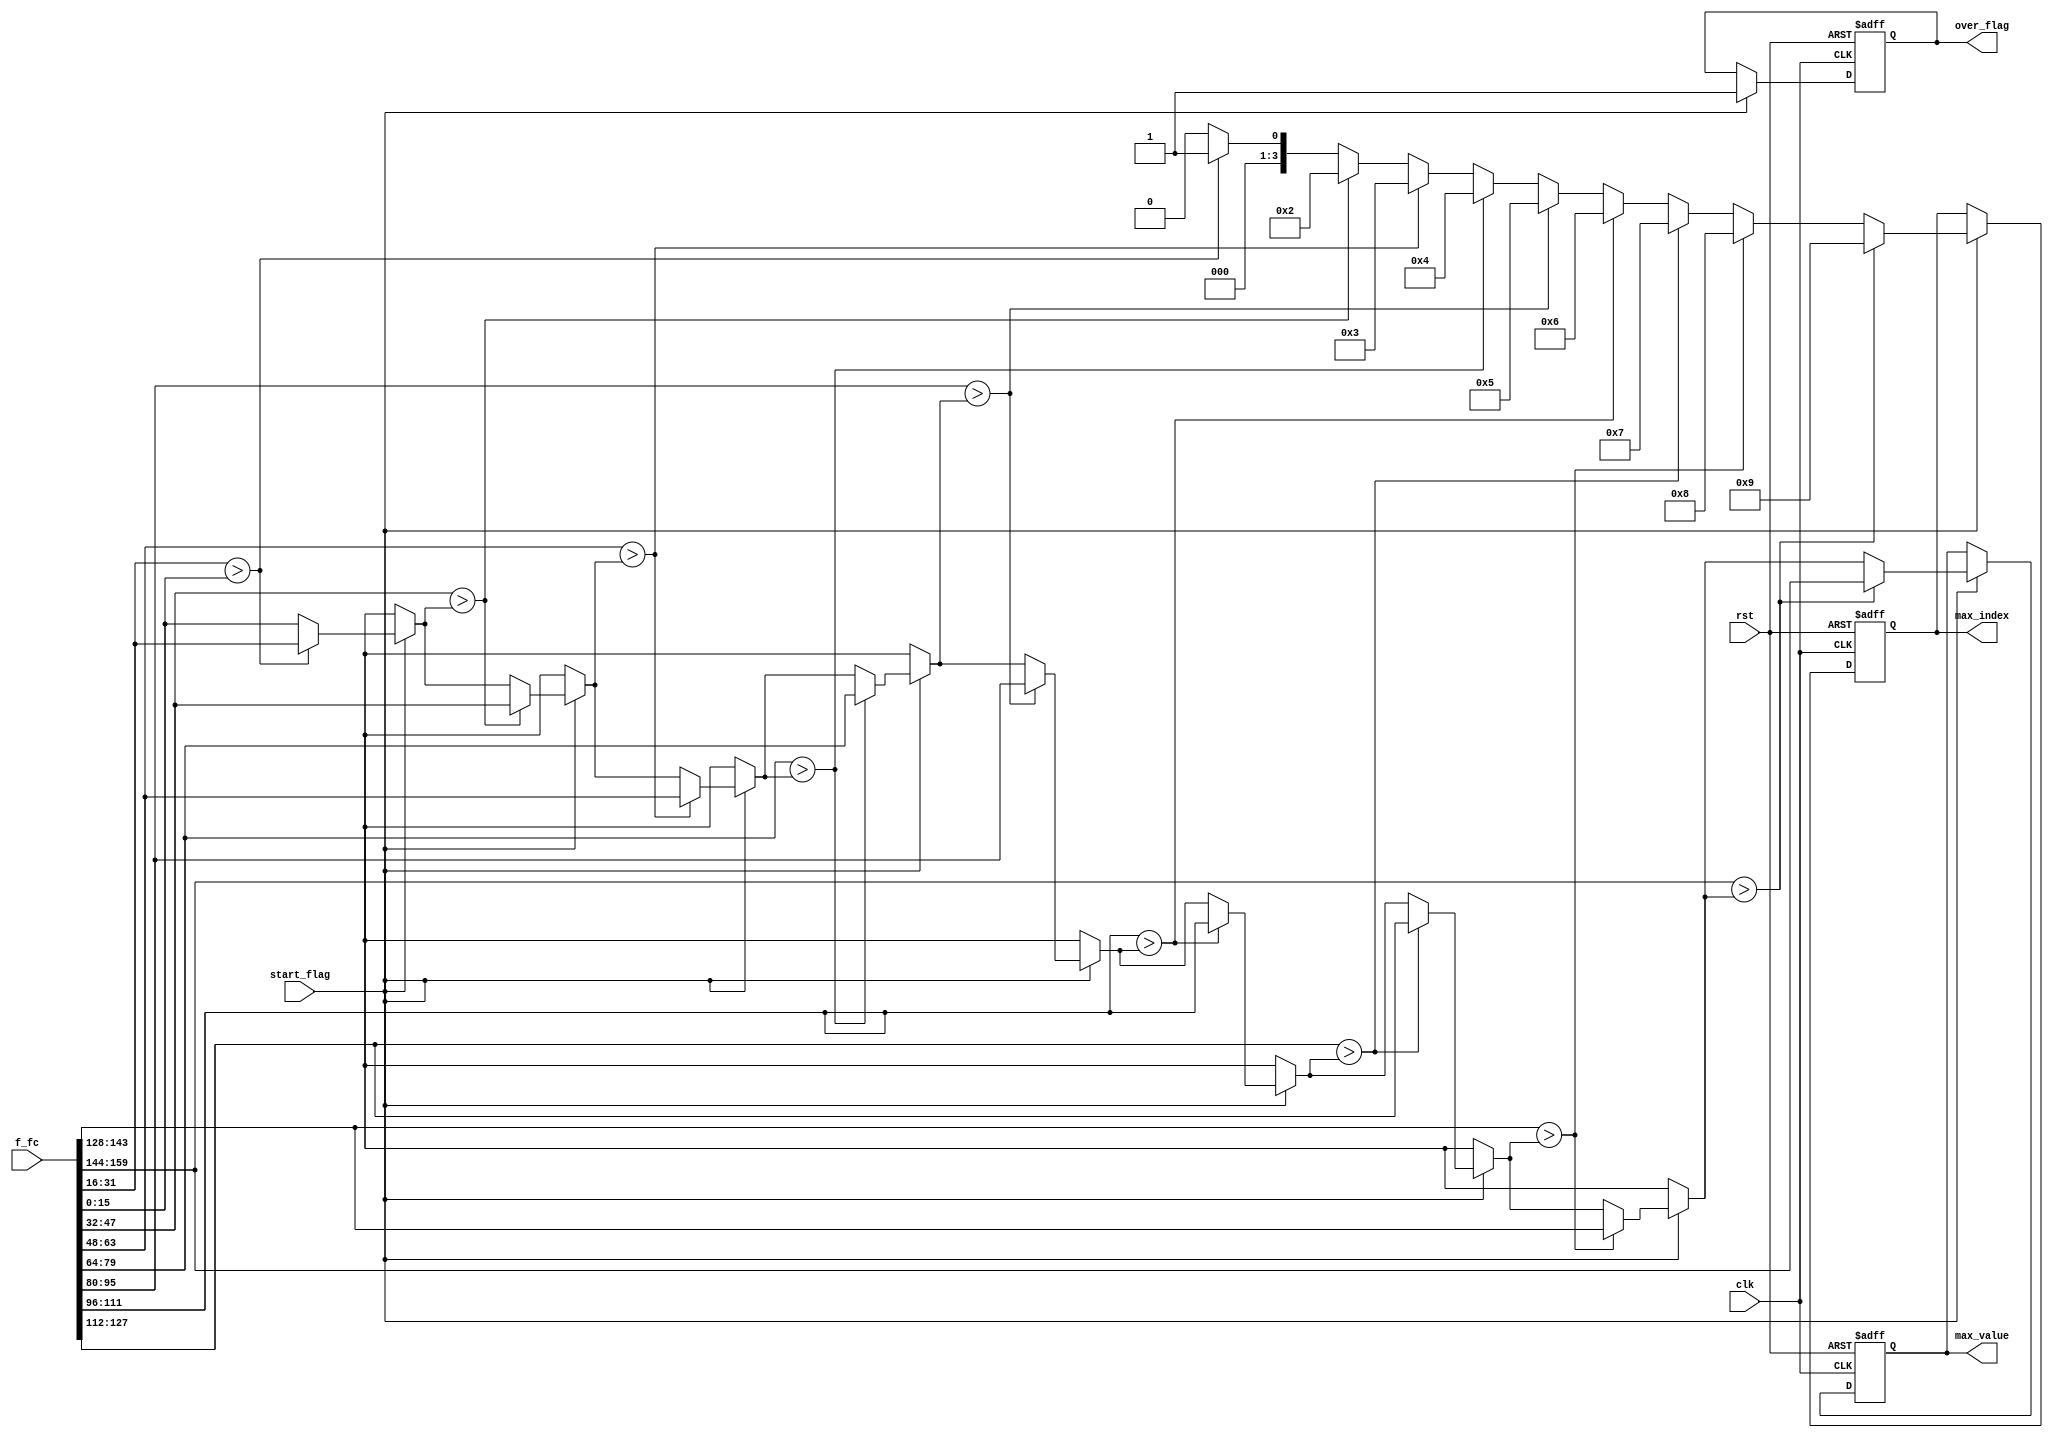
module softmax (
    input clk,
    input rst,
    input [numofinput*data_width-1:0] f_fc,
    output wire [data_width-1:0] max_value,
    output wire  [3:0] max_index,
    input start_flag,
    output reg over_flag
  );

  parameter data_width = 16;
  parameter numofinput = 10;

  reg signed [data_width-1:0] max_val,max_val2; // 存储最大值
  reg [3:0] max_idx; // 存储最大值的索引
  reg signed [data_width-1:0] current_value;
  integer i;

  always @(posedge clk or posedge rst)
  begin
    if(rst)
    begin
      max_val = 0;
      max_idx = 0;
      over_flag = 0;
    end
    else if(start_flag)
    begin
      max_val = f_fc[0*data_width+:data_width];
      max_idx = 4'b0000;

      for (i = 1; i < 10; i = i + 1)
      begin
        current_value = f_fc[i*data_width+:data_width];
        if (current_value > max_val)
        begin
          max_val = current_value;
          max_idx = i;
        end
      end

      if(i==10)
        over_flag = 1;
        
    end
  end


  assign max_value = max_val;
  assign max_index = max_idx;

endmodule